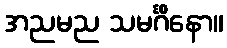
အညမည သမင်္ဂိနော။